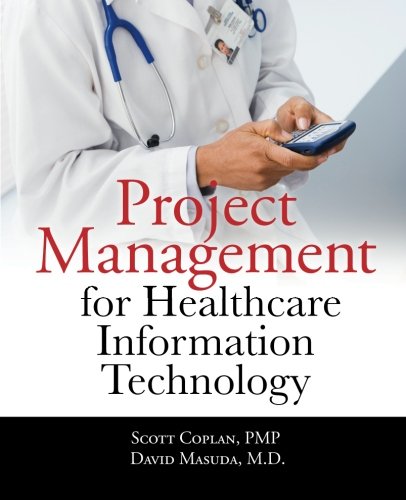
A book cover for Project Management for Healthcare Information Technology; Scott Coplan; Computers & Technology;